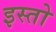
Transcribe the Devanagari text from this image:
इस्तो